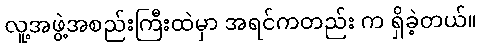
လူ့အဖွဲ့အစည်းကြီးထဲမှာ အရင်ကတည်း က ရှိခဲ့တယ်။